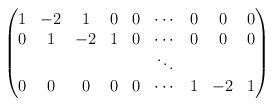
LaTeX: \begin{align*}\begin{pmatrix}1 & -2 & 1 & 0 & 0 & \cdots & 0 & 0 &0 \\0 & 1 & -2 & 1 & 0 & \cdots & 0 & 0 &0 \\&&&&&\ddots\\0 & 0 & 0 & 0 & 0 & \cdots & 1 &-2 &1\end{pmatrix}\end{align*}